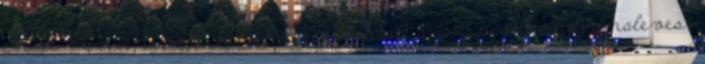
enne minden nap, ha tehetné? Rántott sajt, spagetti, hagymaleves,